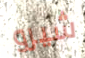
شيرو